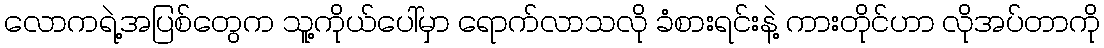
လောကရဲ့အပြစ်တွေက သူ့ကိုယ်ပေါ်မှာ ရောက်လာသလို ခံစားရင်းနဲ့ ကားတိုင်ဟာ လိုအပ်တာကို